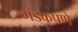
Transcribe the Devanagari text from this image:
भडकपणे